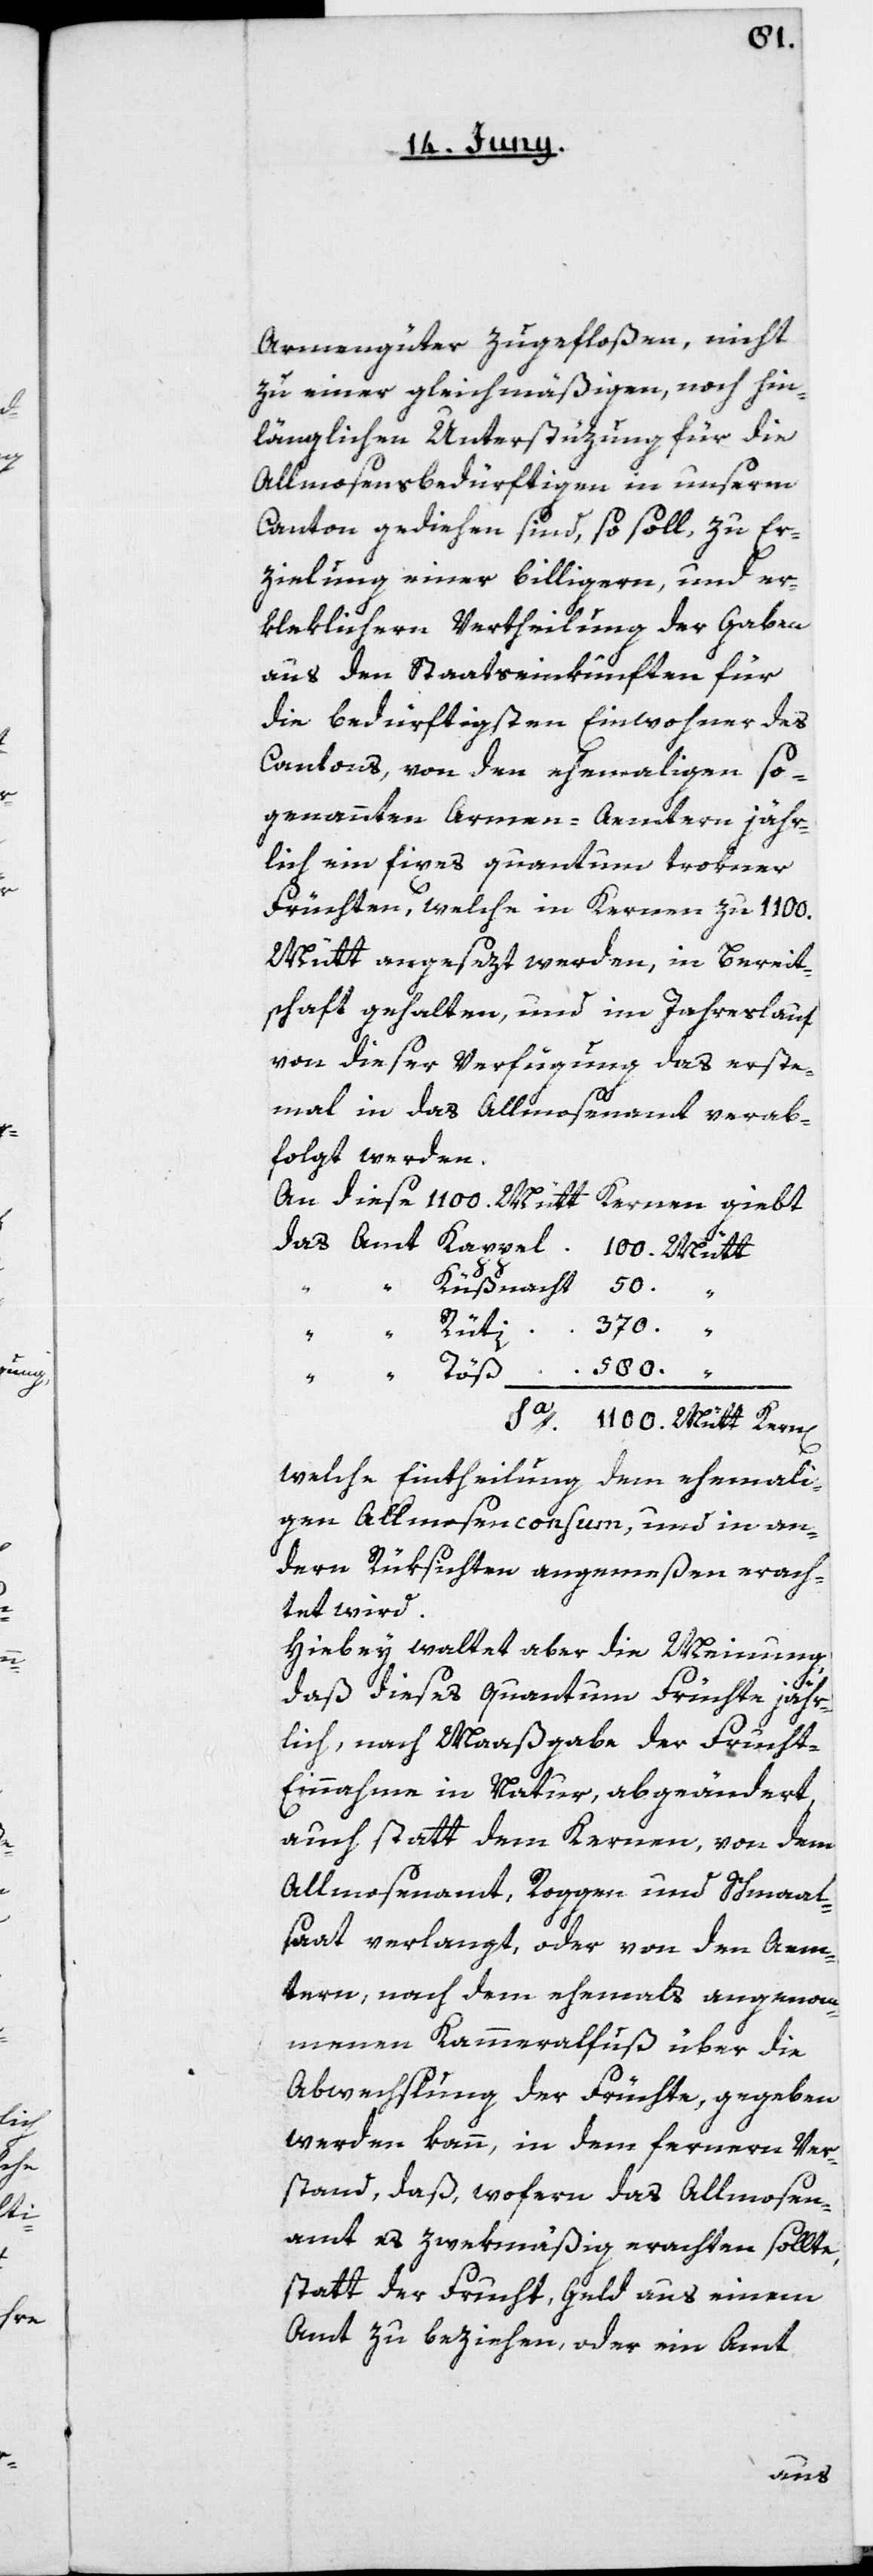
Armengüter zugefloßenen, nicht
zu einer gleichmäßigen, noch hin¬
länglichen Unterstüzung für die
Allmosensbedürftigen in unserm
Canton gediehen sind, so soll zu Er¬
zielung einer billigeren, und er¬
kleklichern Vertheilung der Gaben
aus den Staatseinkünften für
die bedürftigsten Einwohner des
Cantons, von den ehemaligen so¬
genannten Armen-Aemtern jähr¬
lich ein fixes quantum trokner
Früchten, welche in Kernen zu 1100.
Mütt angesezt werden, in Bereit¬
schaft gehalten, und in Jahreslauf
von dieser Verfügung das erste¬
mal in das Allmosenamt verab¬
folgt werden.
An diese 1100. Mütt Kernen giebt
580.
welche Eintheilung dem ehemali¬
gen Allmosenconsum, und in an¬
dern Rüksichten angemeßen erach¬
tet wird.
Hiebey waltet aber die Meinung,
Sa.
daß dieses Quantum Früchte jähr¬
lich, nach Maaßgabe der Frucht-E¬
innahme in Natur, abgeändert,
auch statt dem Kernen, von dem
Almosenamt, Roggen und Schmal¬
saat verlangt, oder von den Aem¬
tern, nach dem ehemals angenom¬
menen Kammeralfluß über die
Abwechslung der Früchte, gegeben
werden kann, in dem fernern Ver¬
stand, daß, wofern das Allmosen¬
amt es zwekmäßig erachten sollte,
statt der Frucht, Geld aus einem
Amt zu beziehen, oder ein Amt